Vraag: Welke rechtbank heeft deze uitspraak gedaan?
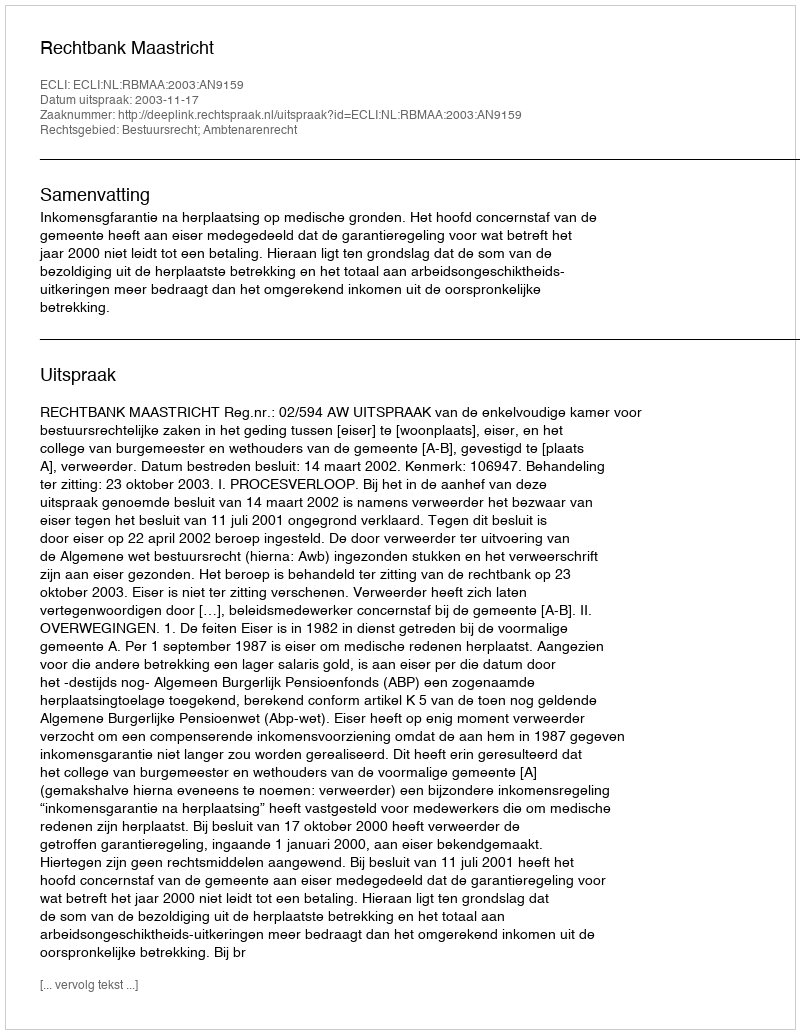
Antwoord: Rechtbank Maastricht